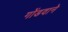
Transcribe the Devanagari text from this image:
गोंडवाने